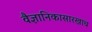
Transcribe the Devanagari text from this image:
वैज्ञानिकासारखाच